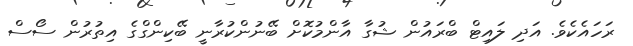
ރަހައެކެވެ. އަދި ލައިޓް ބްރައުން ޝުގާ އާންމުކޮށް ބޭނުންކުރާނީ ބޭކިންގްގެ އިތުރުން ސޯސް